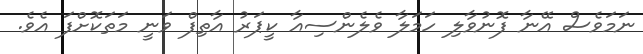
ނަމަވެސް އޭނާ ފޮނުވާލި ހަމަލާ ވެލެންސިއާ ކީޕަރު އާތިފް ވަނީ މަތަކޮށްފަ އެވެ.